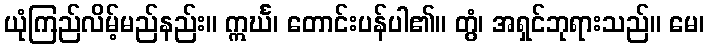
ယုံကြည်လိမ့်မည်နည်း။ ဣင်္ဃ၊ တောင်းပန်ပါ၏။ တွံ၊ အရှင်ဘုရားသည်။ မေ၊